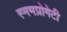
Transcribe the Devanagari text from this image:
स्नमप्रोगेटी